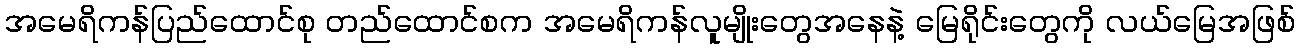
အမေရိကန်ပြည်ထောင်စု တည်ထောင်စက အမေရိကန်လူမျိုးတွေအနေနဲ့ မြေရိုင်းတွေကို လယ်မြေအဖြစ်